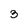
Character: 3